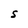
Character: S